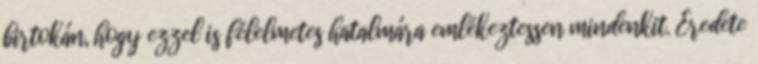
birtokán, hogy ezzel is félelmetes hatalmára emlékeztessen mindenkit. Eredete